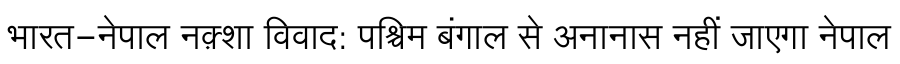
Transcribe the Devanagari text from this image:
भारत-नेपाल नक़्शा विवाद: पश्चिम बंगाल से अनानास नहीं जाएगा नेपाल